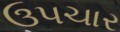
ઉપચાર